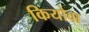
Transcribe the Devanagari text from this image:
कियोवा